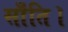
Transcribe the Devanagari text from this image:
साँति।